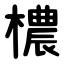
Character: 檂